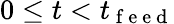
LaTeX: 0\leq t<t_{\mathrm{~f~e~e~d~}}